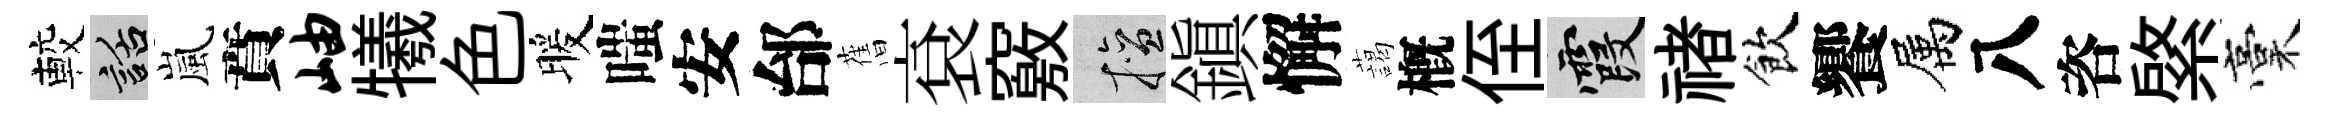
較話嵐賁岫犧色暖嗤安邰𦾔袞竅擅鎭懈藹槪侄霞禇飲饗属八咨綮稾